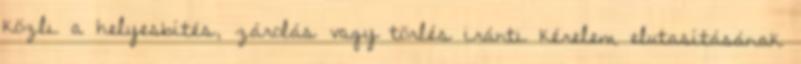
közli a helyesbítés, zárolás vagy törlés iránti kérelem elutasításának